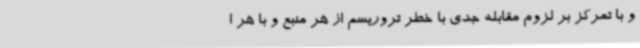
و با تمرکز بر لزوم مقابله جدی با خطر تروریسم از هر منبع و با هر ا